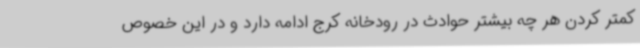
کمتر کردن هر چه بیشتر حوادث در رودخانه کرج ادامه دارد و در این خصوص